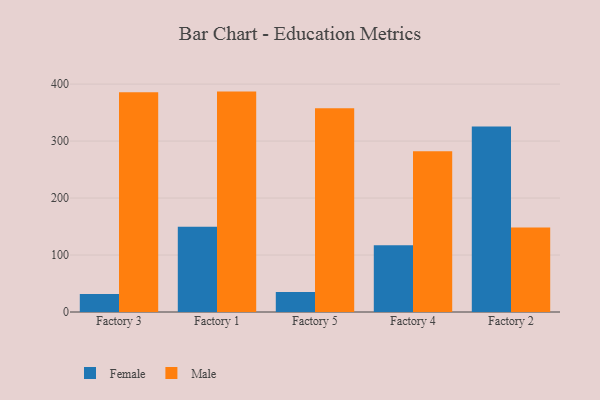
{"axis": {"x": "Factory", "y": "Satisfaction Score"}, "legend": ["Female", "Male"], "data": [{"x": "Factory 3", "y": 31.6, "type": "Female"}, {"x": "Factory 3", "y": 385.5, "type": "Male"}, {"x": "Factory 1", "y": 149.5, "type": "Female"}, {"x": "Factory 1", "y": 386.8, "type": "Male"}, {"x": "Factory 5", "y": 35.2, "type": "Female"}, {"x": "Factory 5", "y": 357.6, "type": "Male"}, {"x": "Factory 4", "y": 117.3, "type": "Female"}, {"x": "Factory 4", "y": 281.9, "type": "Male"}, {"x": "Factory 2", "y": 325.7, "type": "Female"}, {"x": "Factory 2", "y": 148.2, "type": "Male"}]}